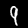
Digit: 9